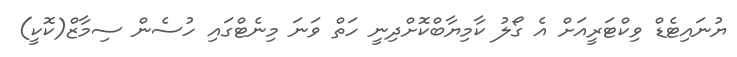
ޔުނައިޓެޑް ވިކްޓަރީއަށް އެ ގޯލު ކާމިޔާބްކޮށްދިނީ ހަތް ވަނަ މިނެޓްގައި ހުސެން ސިމާޒް(ކޮކީ)